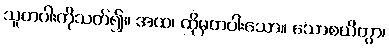
သူတပါးကိုသတ်၍။ အထ၊ ထိုမှတပါးသော။ သောစယိတွာ၊